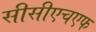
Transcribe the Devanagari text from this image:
सीसीएचएफ